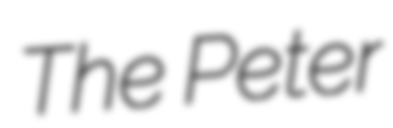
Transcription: The Peter